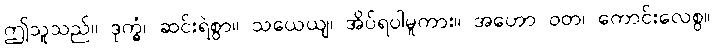
ဤသူသည်။ ဒုက္ခံ၊ ဆင်းရဲစွာ။ သယေယျ၊ အိပ်ရပါမူကား။ အဟော ဝတ၊ ကောင်းလေစွ။